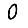
Digit: 0